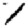
Digit: 1